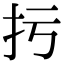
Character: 扝